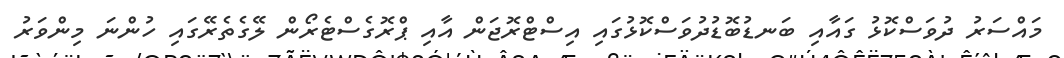
މައްސަރު ދުވަސްކޮޅު ގައާއި ބަނޑުބޮޑުދުވަސްކޮޅުގައި އިސްޓްރޮޖަން އާއި ޕްރޮގެސްޓެރޯން ލޭގެތެރޭގައި ހުންނަ މިންވަރު